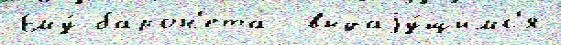
Ему́ барон'ета  выдаjу́щимс'я